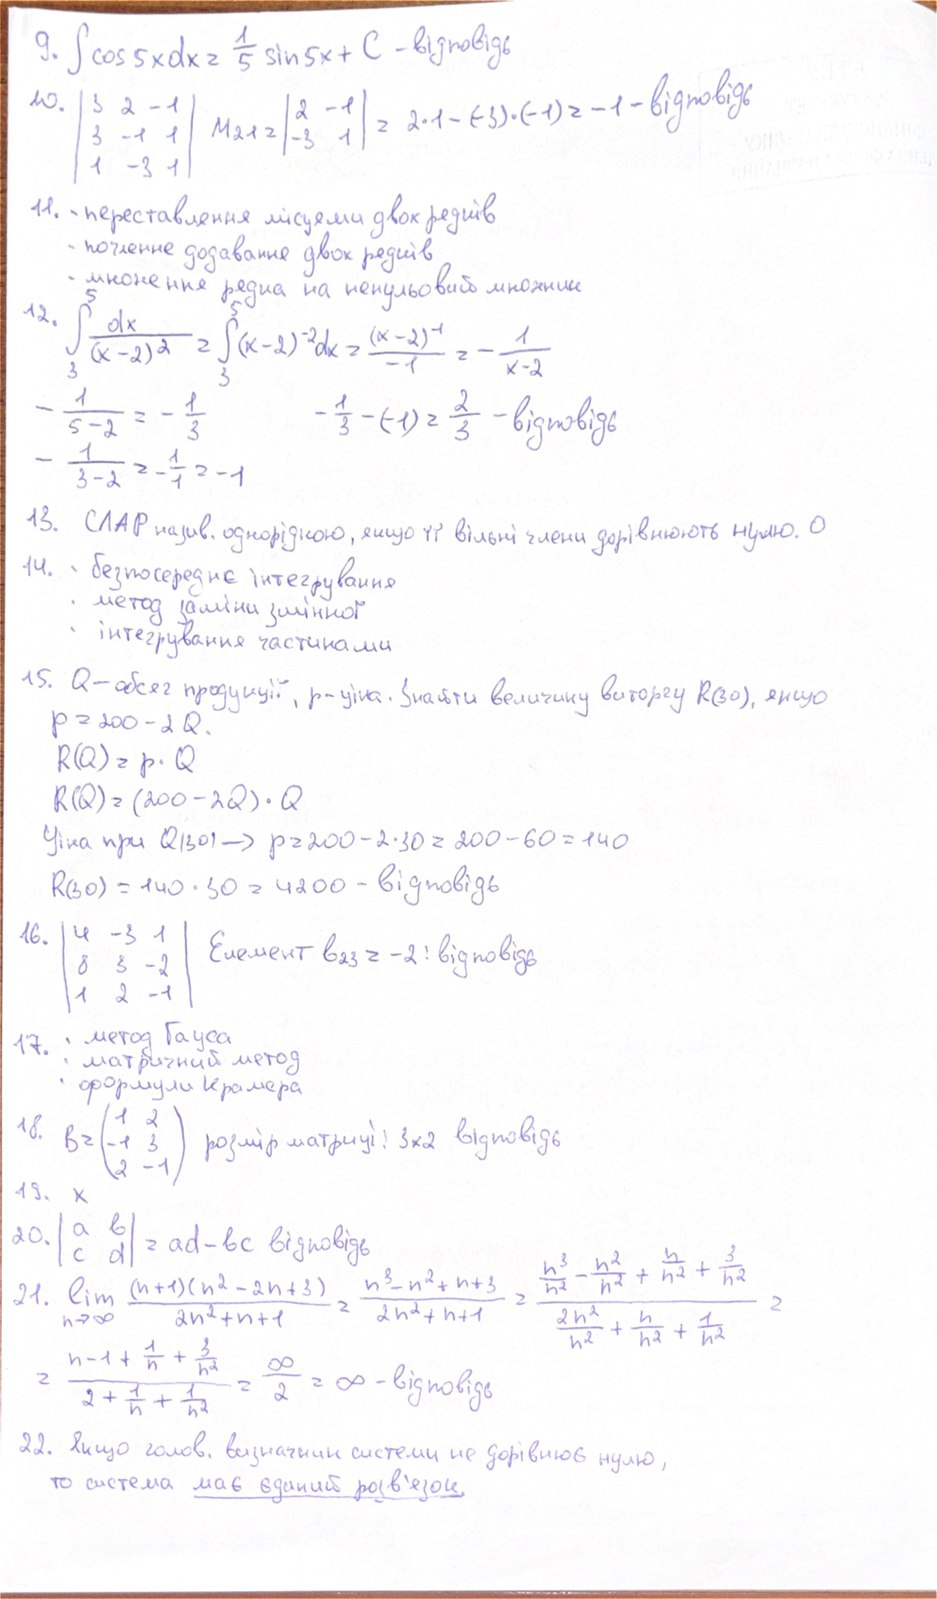
9. ∫ cos 5x dx = 1/5 sin 5x + C - відповідь
10. | 3 2 -1 / 3 -1 1 / 1 -3 1| M21 = | 2 -1 / -3 1| = 2 * 1 - (-3) * (-1) = -1 - відповідь
11. - переставлення місцями двох рядків
- почленне додавання двох рядків
- множення рядка на ненульовий множник
12. ∫₃⁵ dx / (x - 2)² = ∫₃⁵ (x - 2)⁻² dx = (x - 2)⁻¹ / -1 = - 1 / (x - 2)
- 1/5-2 = -1/3
- 1/3 - (-1) = 2/3 - відповідь
- 1 / (3 - 2) = - 1 / 1 = - 1
13. СЛАР назив. однорідною, якщо її вільні члени дорівнюють нулю. 0
14. - безпосереднє інтегрування
- метод заміни змінної
- інтегрування частинами
15. Q - обсяг продукції, p - ціна. Знайти величину виторгу R(30), якщо
P = 200 - 2 Q
R(Q) = p · Q
R(Q) = (200 - 2Q) · Q
Ціна при Q(30) -> p = 200 - 2 * 30 = 200 - 60 = 140
R(30) = 140 · 30 = 4200 - відповідь
16. | 4 -3 1 / 8 3 2 / 1 2 -1| Елемент b23 = -2 : відповідь
17.  -метод Гауса
- матричний метод
- формули Крамера
18. B = ( 1 2 / -1 3 / 2 1 ) розмір матриці: 3x2 відповідь
19. x
20. | a b /c d | = ad - bc відповідь
21. lim \ n->∞ (n+1) (n^2-2n+3)/2n^2+n+1 = n^3 -n^2+n 3/2n^2+n+1 = n^3/n^2-n^2/n^2+n/n^2+3/n^2 / 2n^2 /n^2+n/n^2+1/n^2 =
= n-1 + 1/n+3/n^2 / 2+1/n+1/n^2 = ∞ / 2 = ∞ - відповідь
22. Якщо голов. визначник системи не дорівнює нулю,
то система має єдиний розв'язок.